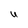
Character: U